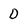
Character: D